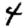
Digit: 4